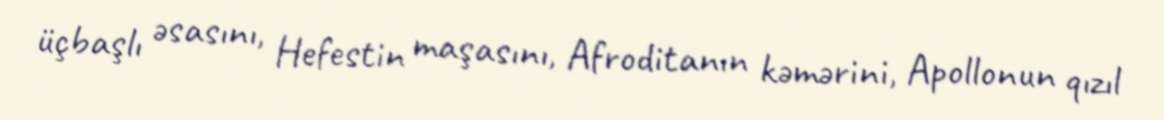
üçbaşlı əsasını, Hefestin maşasını, Afroditanın kəmərini, Apollonun qızıl